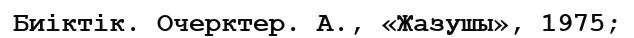
Биіктік. Очерктер. А., «Жазушы», 1975;